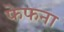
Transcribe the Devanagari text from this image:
फेफना